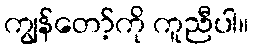
ကျွန်တော့်ကို ကူညီပါ။